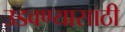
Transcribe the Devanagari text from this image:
उडवण्यासाठी